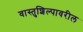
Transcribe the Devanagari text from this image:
वास्तुशिल्पावरील